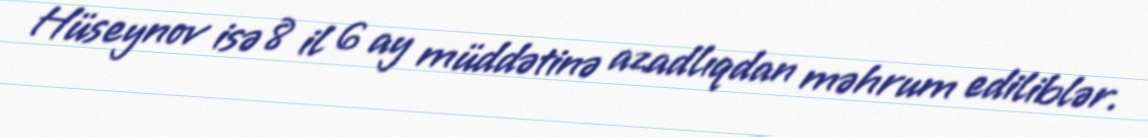
Hüseynov isə 8 il 6 ay müddətinə azadlıqdan məhrum ediliblər.